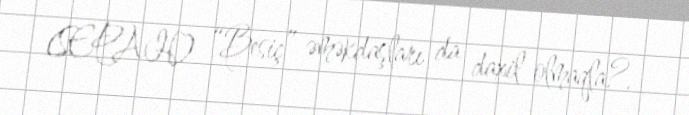
(SEPAH) “Besiç” əməkdaşları da daxil olmaqla?.